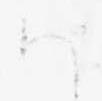
ハ